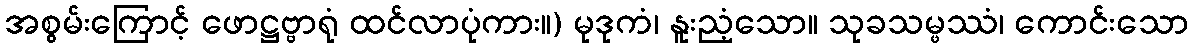
အစွမ်းကြောင့် ဖောဋ္ဌဗ္ဗာရုံ ထင်လာပုံကား။) မုဒုကံ၊ နူးညံ့သော။ သုခသမ္ဖဿံ၊ ကောင်းသော